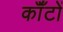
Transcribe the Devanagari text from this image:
कॉँटों